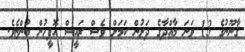
ޤާނޫނުގެ 13 ވަނަ މާއްދާގެ ދަށުން ކަމަށް ވެސް ރައީސް އޮފީހުން ބުންޏެވެ.